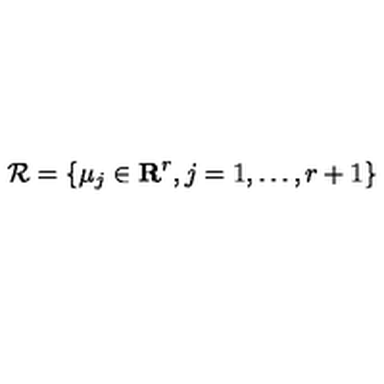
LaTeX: { \cal R } = \{ \mu _ { j } \in { \bf R } ^ { r } , j = 1 , \ldots , r + 1 \}